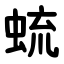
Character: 䖻